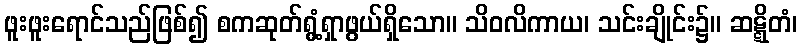
ဖူးဖူးရောင်သည်ဖြစ်၍ စကဆုတ်ရွံ့ရှာဖွယ်ရှိသော။ သိဝလိကာယ၊ သင်းချိုင်း၌။ ဆဋ္ဋိတံ၊